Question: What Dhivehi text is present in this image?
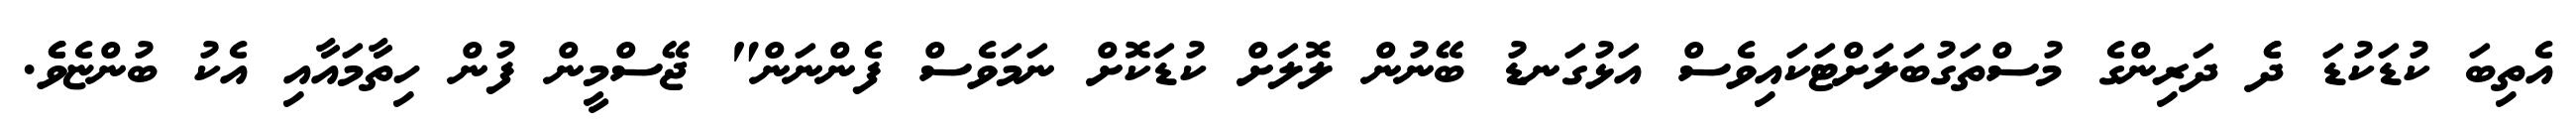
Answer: އެތިބަ ކުޑަކުޑަ ދެެ ދަރިންގެ މުސްތަގުބަލަށްޓަކައިވެސް އަޅުގަނޑު ބޭނުން ލޮލަށް ކުޑަކޮށް ނަމަވެސް ފެންނަން" ޖޭސްމީން ފުން ހިތާމައާއި އެކު ބުންޏެވެެ.